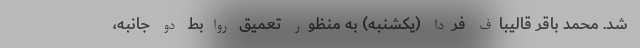
شد. محمد باقر قالیباف فردا (یکشنبه) به منظور تعمیق روابط دو جانبه،